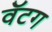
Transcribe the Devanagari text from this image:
वॅटग